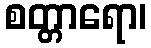
စတ္တာရော၊